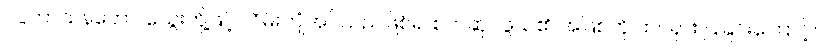
ဝပ္ပကာသနတော၊ သွေးတို့ဖြင့် လိမ်းကျံအပ်သည်ဖြစ်၍ စက်ဆုပ်ဖွယ်၏ အဖြစ်ကို ထင်ရှား ပြခြင်းကြောင့်။